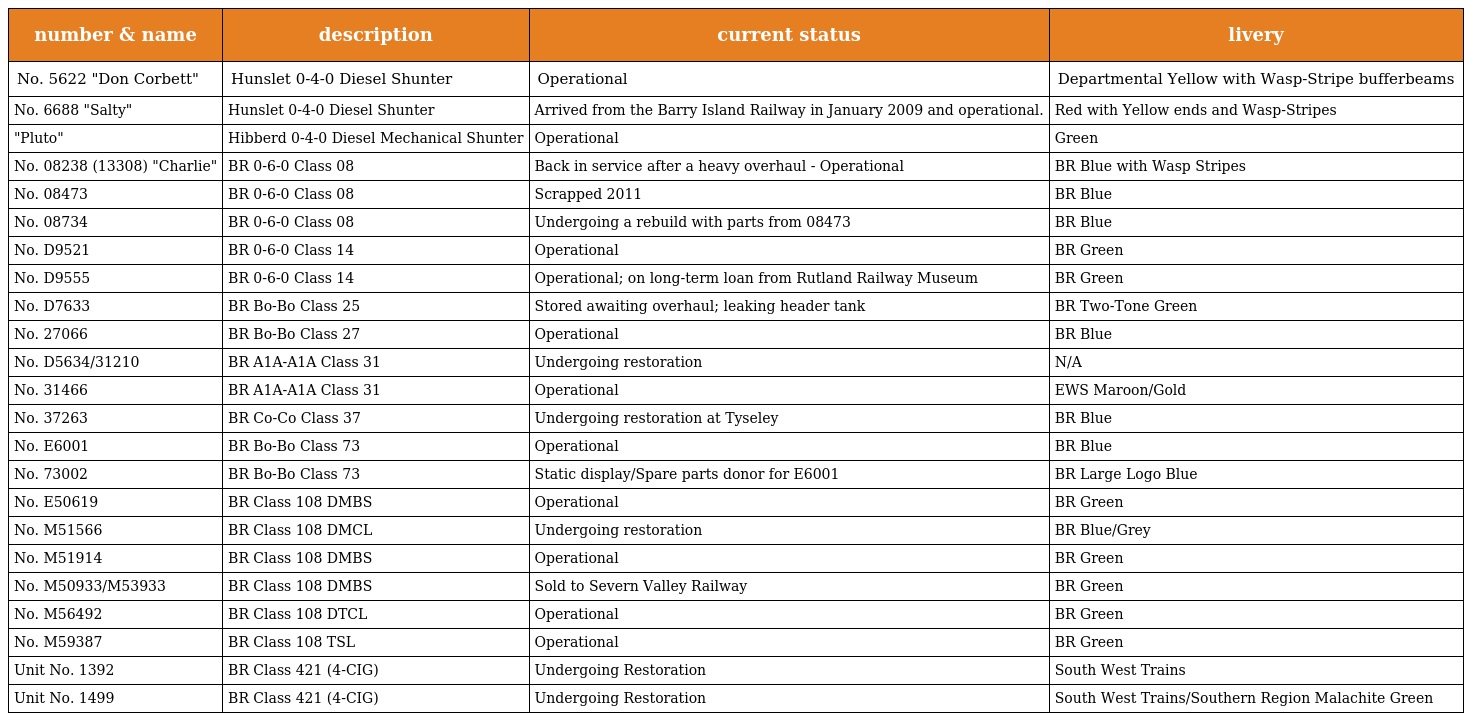
| number & name | description | current status | livery |
 | --- | --- | --- | --- |
 | No. 5622 "Don Corbett" | Hunslet 0-4-0 Diesel Shunter | Operational | Departmental Yellow with Wasp-Stripe bufferbeams |
 | No. 6688 "Salty" | Hunslet 0-4-0 Diesel Shunter | Arrived from the Barry Island Railway in January 2009 and operational. | Red with Yellow ends and Wasp-Stripes |
 | "Pluto" | Hibberd 0-4-0 Diesel Mechanical Shunter | Operational | Green |
 | No. 08238 (13308) "Charlie" | BR 0-6-0 Class 08 | Back in service after a heavy overhaul - Operational | BR Blue with Wasp Stripes |
 | No. 08473 | BR 0-6-0 Class 08 | Scrapped 2011 | BR Blue |
 | No. 08734 | BR 0-6-0 Class 08 | Undergoing a rebuild with parts from 08473 | BR Blue |
 | No. D9521 | BR 0-6-0 Class 14 | Operational | BR Green |
 | No. D9555 | BR 0-6-0 Class 14 | Operational; on long-term loan from Rutland Railway Museum | BR Green |
 | No. D7633 | BR Bo-Bo Class 25 | Stored awaiting overhaul; leaking header tank | BR Two-Tone Green |
 | No. 27066 | BR Bo-Bo Class 27 | Operational | BR Blue |
 | No. D5634/31210 | BR A1A-A1A Class 31 | Undergoing restoration | N/A |
 | No. 31466 | BR A1A-A1A Class 31 | Operational | EWS Maroon/Gold |
 | No. 37263 | BR Co-Co Class 37 | Undergoing restoration at Tyseley | BR Blue |
 | No. E6001 | BR Bo-Bo Class 73 | Operational | BR Blue |
 | No. 73002 | BR Bo-Bo Class 73 | Static display/Spare parts donor for E6001 | BR Large Logo Blue |
 | No. E50619 | BR Class 108 DMBS | Operational | BR Green |
 | No. M51566 | BR Class 108 DMCL | Undergoing restoration | BR Blue/Grey |
 | No. M51914 | BR Class 108 DMBS | Operational | BR Green |
 | No. M50933/M53933 | BR Class 108 DMBS | Sold to Severn Valley Railway | BR Green |
 | No. M56492 | BR Class 108 DTCL | Operational | BR Green |
 | No. M59387 | BR Class 108 TSL | Operational | BR Green |
 | Unit No. 1392 | BR Class 421 (4-CIG) | Undergoing Restoration | South West Trains |
 | Unit No. 1499 | BR Class 421 (4-CIG) | Undergoing Restoration | South West Trains/Southern Region Malachite Green |